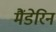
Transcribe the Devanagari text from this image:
मैंडेरिन